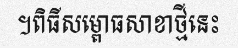
។ពិធីសម្ពោធសាខាថ្មីនេះ